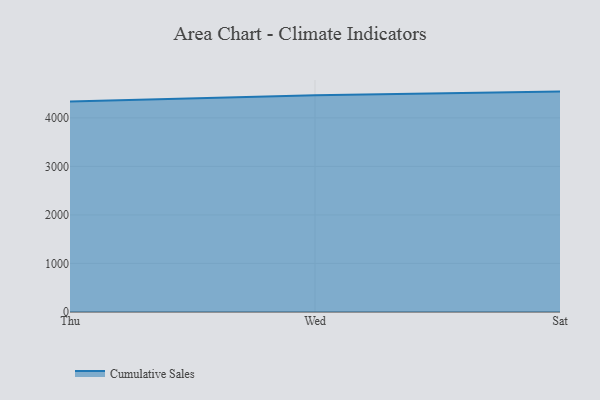
{"axis": {"x": "Day", "y": "Temperature (°C)"}, "legend": ["Cumulative Sales"], "data": [{"x": "Thu", "y": 4337.8, "type": "Cumulative Sales"}, {"x": "Wed", "y": 4468.0, "type": "Cumulative Sales"}, {"x": "Sat", "y": 4542.0, "type": "Cumulative Sales"}]}